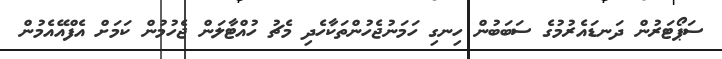
ސަޕޯޓަރުން ދަނޑައެރުމުގެ ސަބަބުން ހިނގި ހަމަނުޖެހުންތަކާހެދި މެޗު ހުއްޓާލަން ޖެހުމުން ކަމަށް އެފްއޭއެމުން